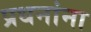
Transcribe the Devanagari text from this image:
प्रधनांना